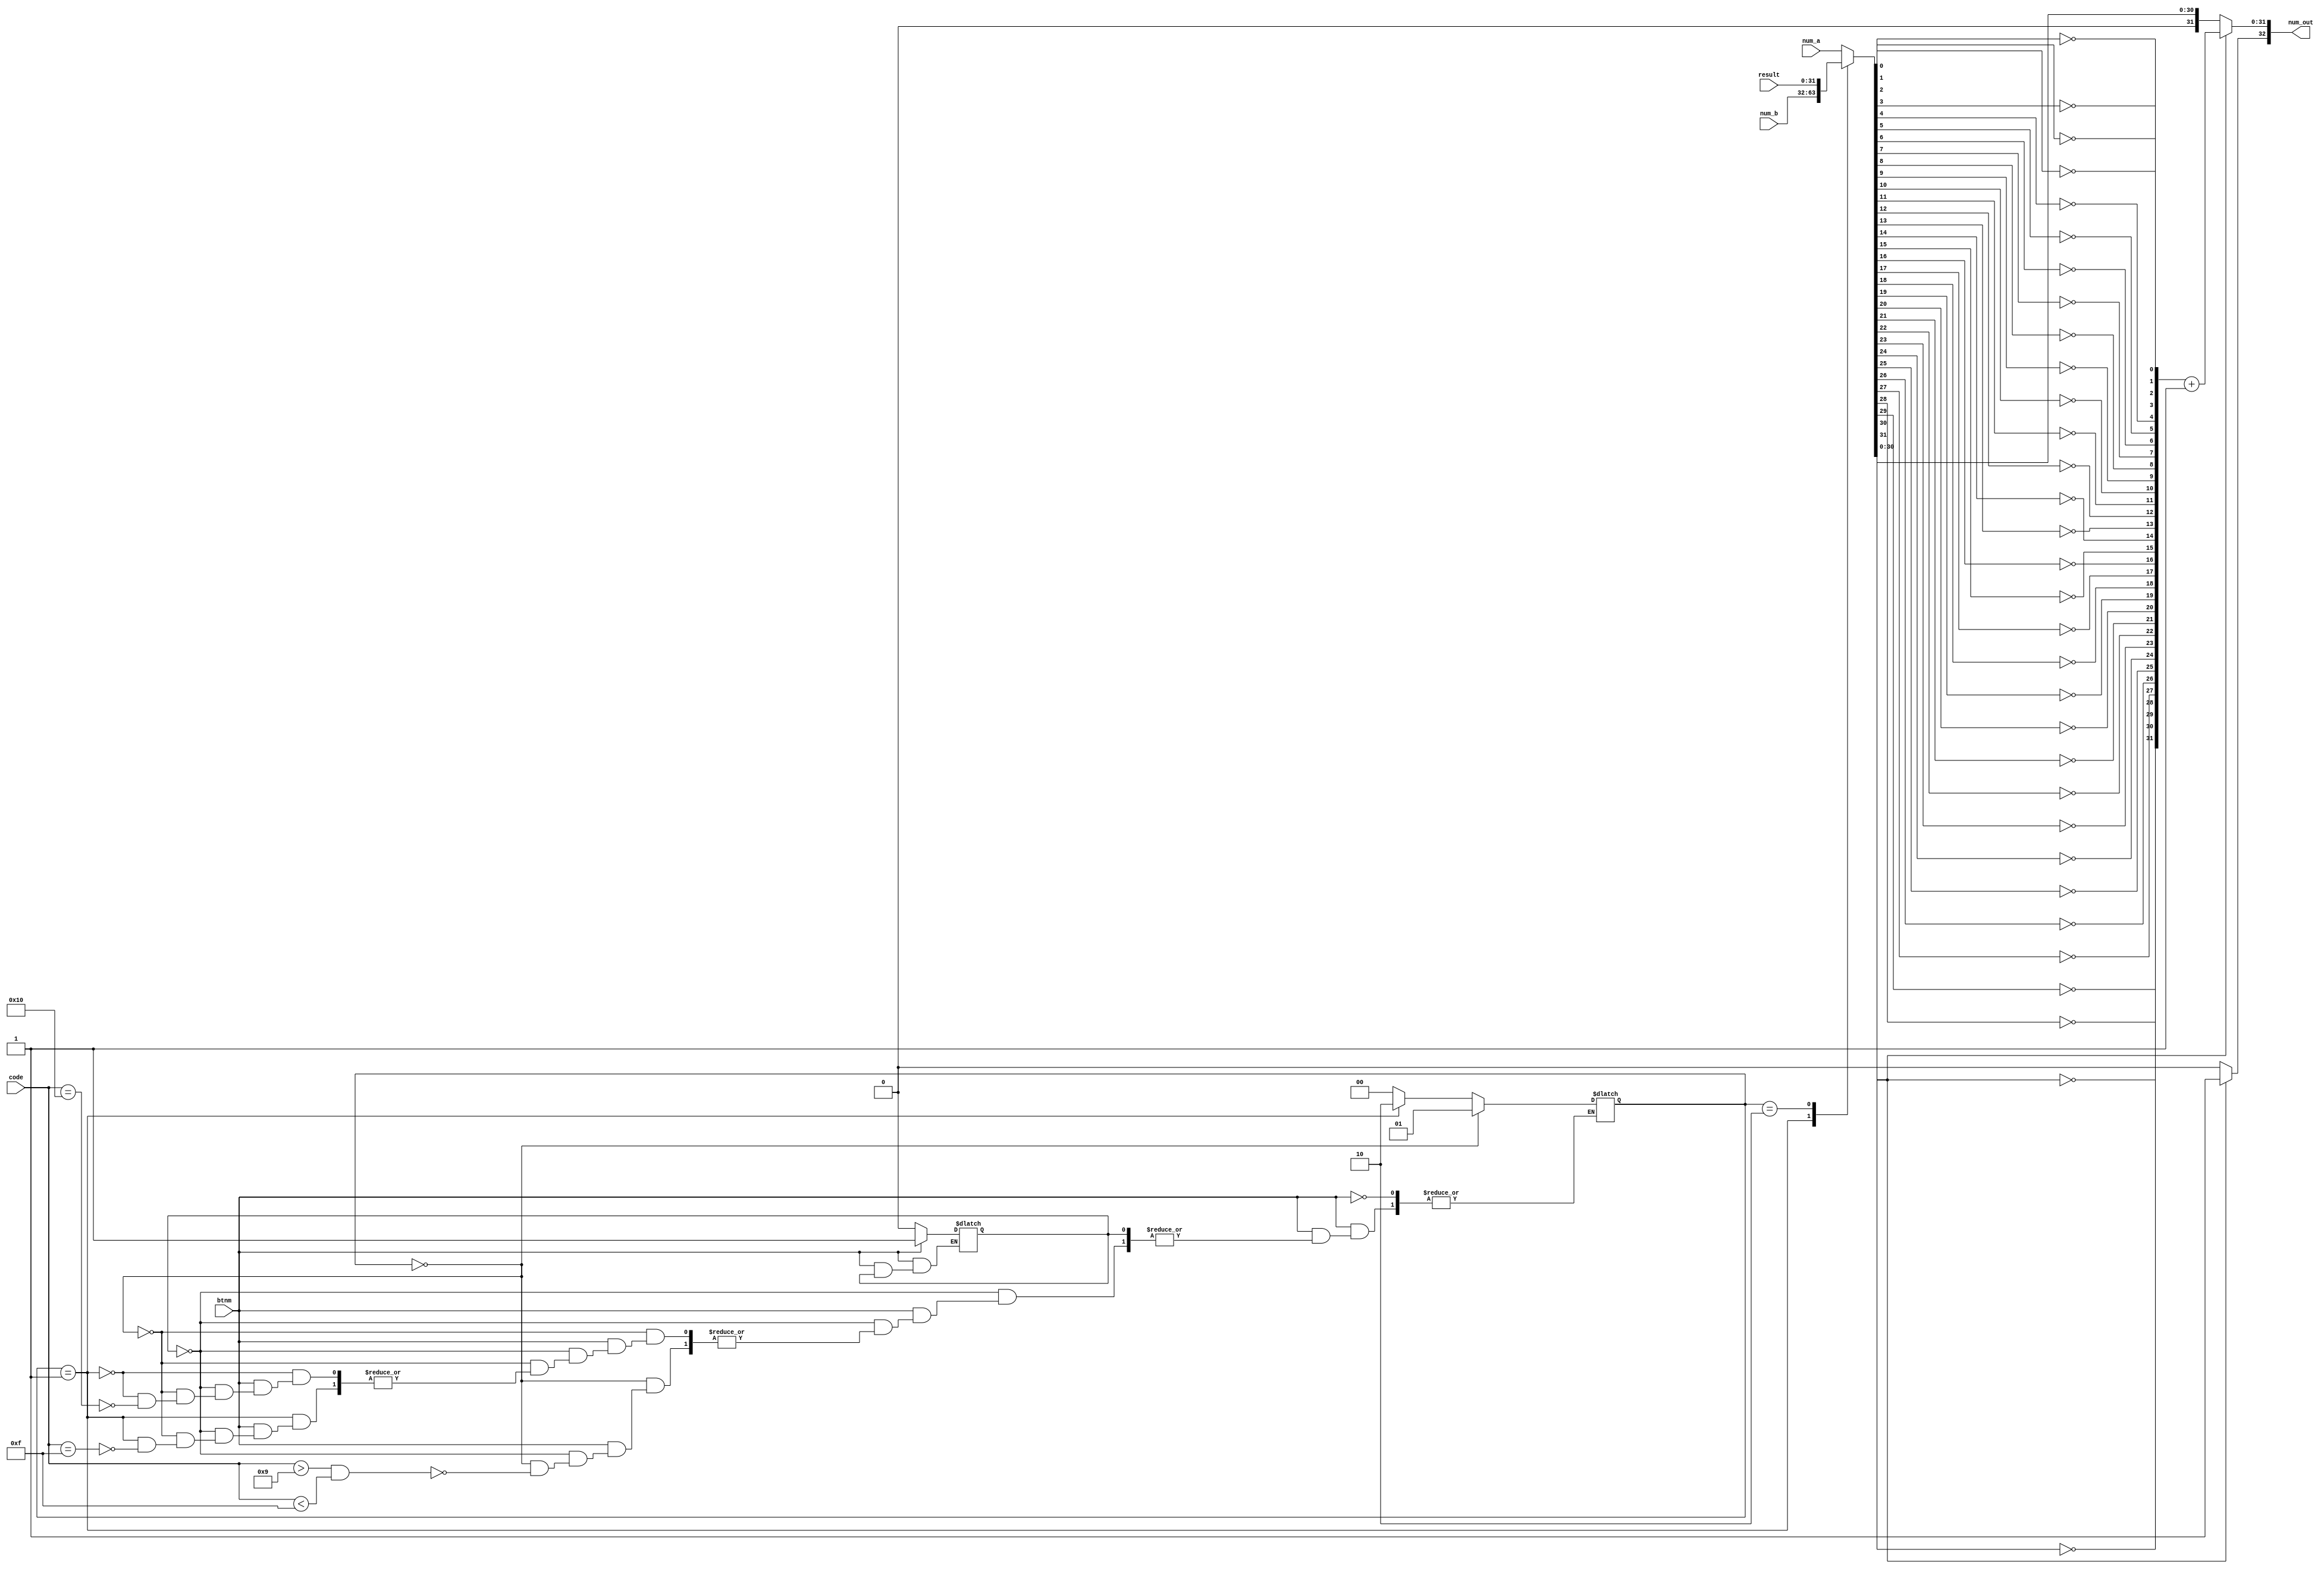
`timescale 1ns / 1ps
//////////////////////////////////////////////////////////////////////////////////
// Company: 
// Engineer: 
// 
// Design Name: 
// Module Name:    number_in 
// Project Name: 
// Target Devices: 
// Tool versions: 
// Description: 
//
// Dependencies: 
//
// Revision: 
// Revision 0.01 - File Created
// Additional Comments: 
//
//////////////////////////////////////////////////////////////////////////////////
module number_in(
    input [31:0] num_a,
    input [31:0] num_b,
    input [31:0] result,
	 input [4:0] code,
	 input btnm,
    output reg [32:0] num_out
    );
	 
reg [31:0] new;
reg [6:0] i;
reg [1:0] state;
reg b_state;

parameter [1:0] numA = 2'b00;
parameter [1:0] numB = 2'b01;
parameter [1:0] numC = 2'b10;


initial state = 2'b00;
initial b_state = 0;

always @(*)
begin
	if(btnm)
	begin
		if(~b_state)
		begin
			b_state = 1;
			if(state == numA)		//Estado A
			begin
				if(code > 9 && code < 15)	//Cambia estado
				begin
					state = numB;
				end
			end
			else if(state == numB)		//Estado B
			begin
				if(code == 15)	//Cambia estado
				begin
					state = numC;
				end
			end
			else
			begin
				if(code == 16)	//Cambia estado
				begin
					state = numA;
				end
			end
		end
	end
	else
	begin
		b_state = 0;
	end
end

always @(state)
begin
	case (state)
	numA: new = num_a;
	numB: new = num_b;
	numC: new = result;
	default: new = num_a;
	endcase
	if(new[31])
	begin
		for(i = 0; i < 32; i = i + 1)
			num_out[i] = ~new[i];
		num_out = num_out + 1'b1;
		num_out[32] = 1'b1;
	end
	else
	begin
		num_out = new;
	end
end

endmodule